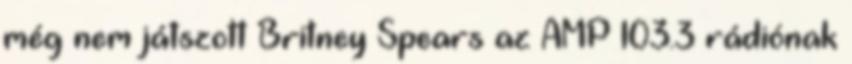
még nem játszott Britney Spears az AMP 103.3 rádiónak